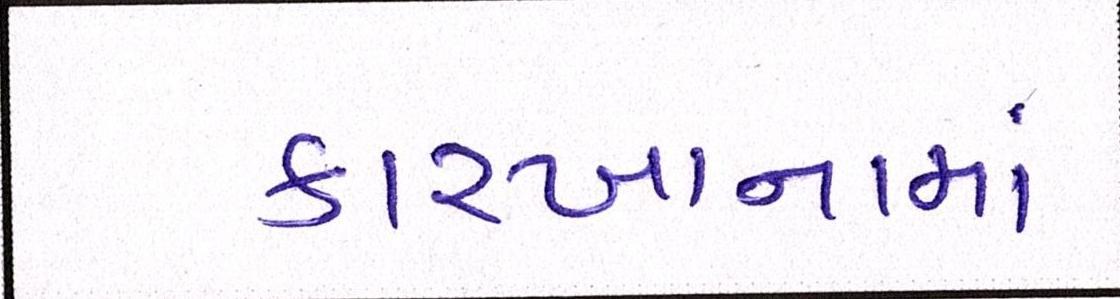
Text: કારખાનામાં